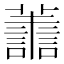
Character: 𮒹